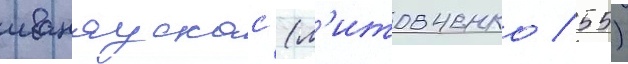
иванаускас (л'итовченко / 55)